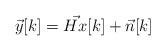
LaTeX: \begin{align*}\vec{y}[k] = \vec{Hx}[k] + \vec{n}[k]\end{align*}